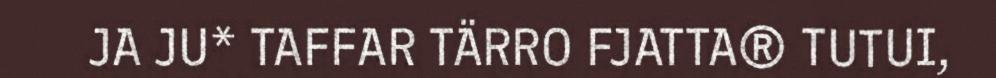
JA JU* TAFFAR TÄRRO FJATTA® TUTUI,